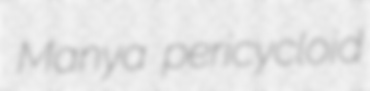
Manya pericycloid